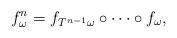
LaTeX: \begin{align*}f^n_\omega=f_{T^{n-1}\omega}\circ \cdots\circ f_\omega,\end{align*}